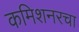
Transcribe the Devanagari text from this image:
कमिशनरचा